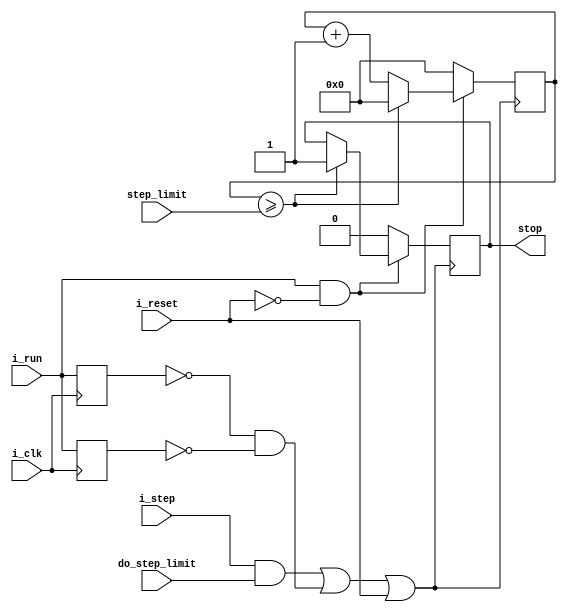
module step_limiter(
    input do_step_limit,
    input [31:0] step_limit,
    input i_run,
    input i_step,
    input i_reset,
    input i_clk,
    output reg stop
);

reg [31:0] count = 0;

reg last_run_p = 0;
always @(posedge i_clk)
    last_run_p <= i_run;

reg last_run_n = 0;
always @(negedge i_clk)
    last_run_n <= i_run;

wire condition;
assign condition = (i_step & do_step_limit) | (~last_run_n & ~last_run_p) | i_reset;

always @(posedge condition)
begin
    if(i_run & ~i_reset) begin
        count <= count + 1;
        if(count >= step_limit) begin
            stop <= 1;
            count <= 0;
        end
    end
    else begin
        count <= 0;
        stop <= 0;
    end
end

endmodule